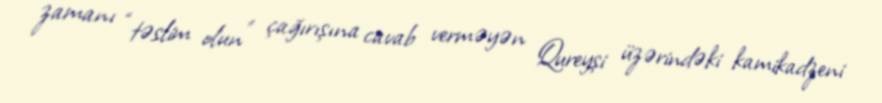
zamanı “təslim olun” çağırışına cavab verməyən Qureyşi üzərindəki kamikadzeni